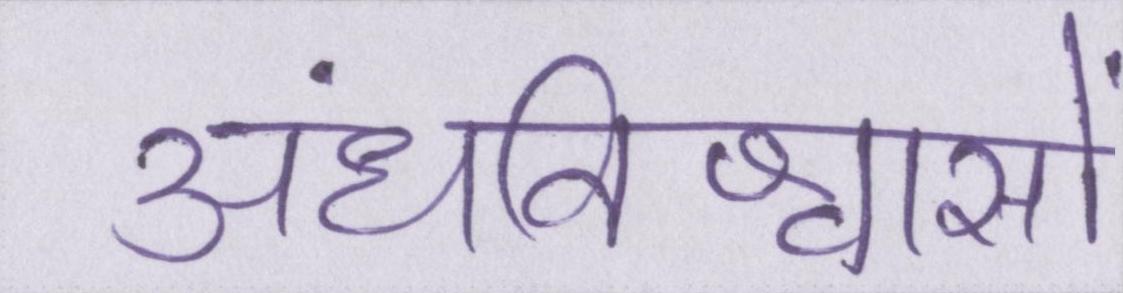
अंधविश्वासों